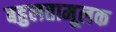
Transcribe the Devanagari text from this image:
बहुलतामूलक